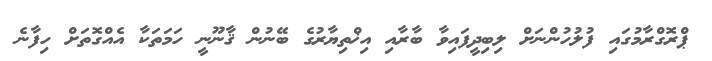
ޕްރޮގްރާމުގައި ފުލުހުންނަށް ލިބިދީފައިވާ ބާރާއި އިޚްތިޔާރުގެ ބޭނުން ޤާނޫނީ ހަމަތަކާ އެއްގޮތަށް ހިފާނެ